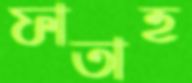
ফাতাহ